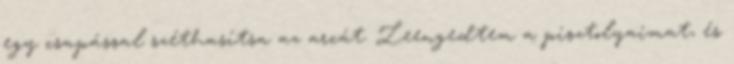
egy csapással széthasítsa az arcát. Leengedtem a pisztolyaimat, és